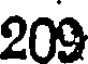
209